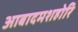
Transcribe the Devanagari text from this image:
आबादमशहोरि